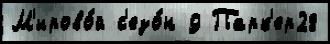
М'ирово́й с'езо́н 9 Парк'ер28